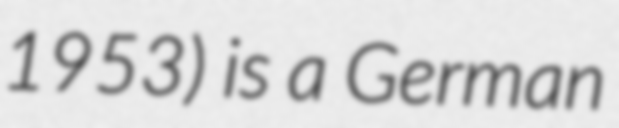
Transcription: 1953) is a German